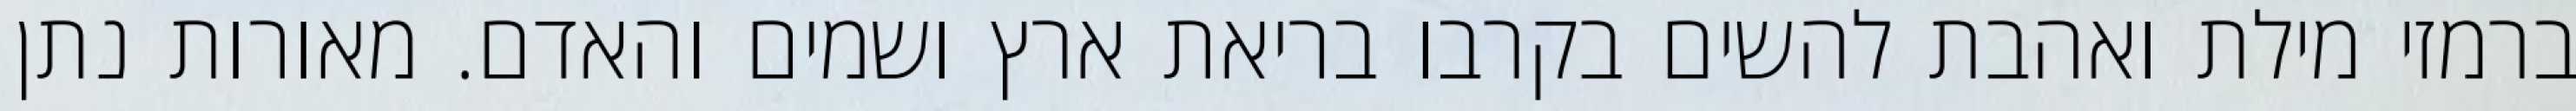
ברמזי מילת ואהבת להשים בקרבו בריאת ארץ ושמים והאדם. מאורות נתן